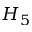
H _ { 5 }